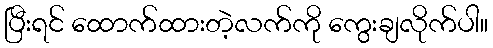
ပြီးရင် ထောက်ထားတဲ့လက်ကို ကွေးချလိုက်ပါ။